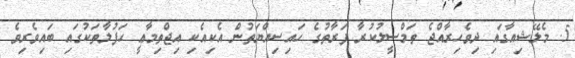
5. މެލޭޝިއާގައި ދިވެހިރާއްޖެ ތަމްސީލުކުރާ ފަރާތުގެ ހައިސިއްޔަތުން އެކިއެކި އިޖްތިމާޢީ ޙަފުލާތަކުގައި ބައިވެރިވެ